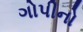
ગોપીનો